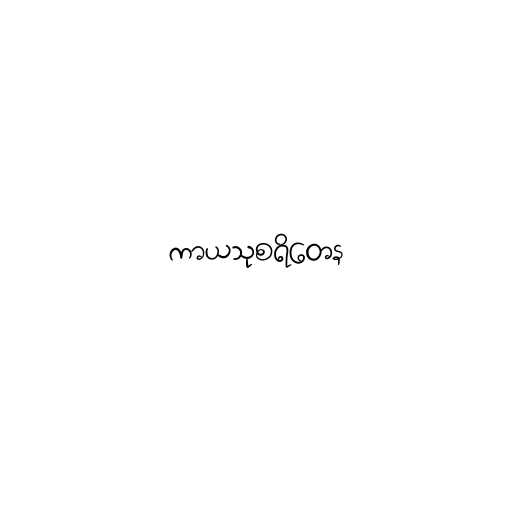
ကာယသုစရိတေန